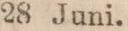
28 Juni.